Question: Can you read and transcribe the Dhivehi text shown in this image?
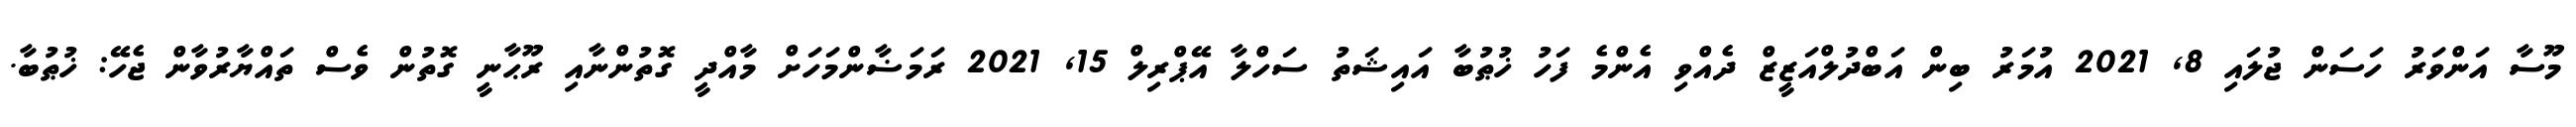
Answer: މޫސާ އަންވަރު ހަސަން ޖުލައި 8, 2021 އުމަރު ބިން އަބްދުލްއަޒީޒް ދެއްވި އެންމެ ފަހު ޚުޠުބާ އައިޝަތު ސަހްލާ އޭޕްރިލް 15, 2021 ރަމަޟާންމަހަށް މާއްދީ ގޮތުންނާއި ރޫޙާނީ ގޮތުން ވެސް ތައްޔާރުވާން ޖެހޭ: ޚުޠުބާ.